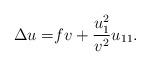
LaTeX: \begin{align*}\Delta u=&fv+\frac{u_1^2}{v^2}u_{11}.\end{align*}